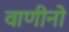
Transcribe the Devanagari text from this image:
वाणीनो